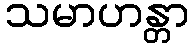
သမာဟန္တာ